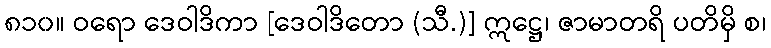
၈၁၀။ ဝရော ဒေဝါဒိကာ [ဒေဝါဒိတော (သီ.)] ဣဋ္ဌေ၊ ဇာမာတရိ ပတိမှိ စ၊